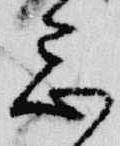
忌